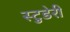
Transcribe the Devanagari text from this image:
स्टुडेरी